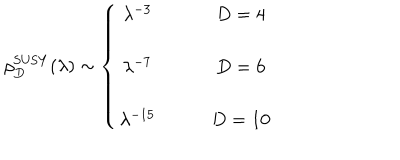
\rho _ { D } ^ { \mathrm { S U S Y } } ( \lambda ) \sim \left\{ \begin{array} { c c } { { \lambda ^ { - 3 } } } & { { \qquad D = 4 } } \\ { { } } & { { } } \\ { { \lambda ^ { - 7 } } } & { { \qquad D = 6 } } \\ { { } } & { { } } \\ { { \lambda ^ { - 1 5 } } } & { { \qquad D = 1 0 } } \\ \end{array} \right.